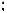
: